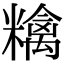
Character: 𥼝